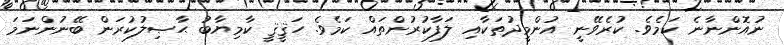
ނުއޮންނާނެ ކަމެވެ. ކުރެވޭނީ އުންމީދުތަކާއި ލަފާކުރުންތައް ކަމެވެ. ހަޤީޤީ ކާމިޔާބު ޙާޞިލުކުރަން ބޭނުންނަމަ